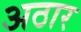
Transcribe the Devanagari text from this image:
अठार